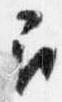
召